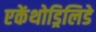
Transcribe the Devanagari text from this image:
एकेंथोड्रिलिडे